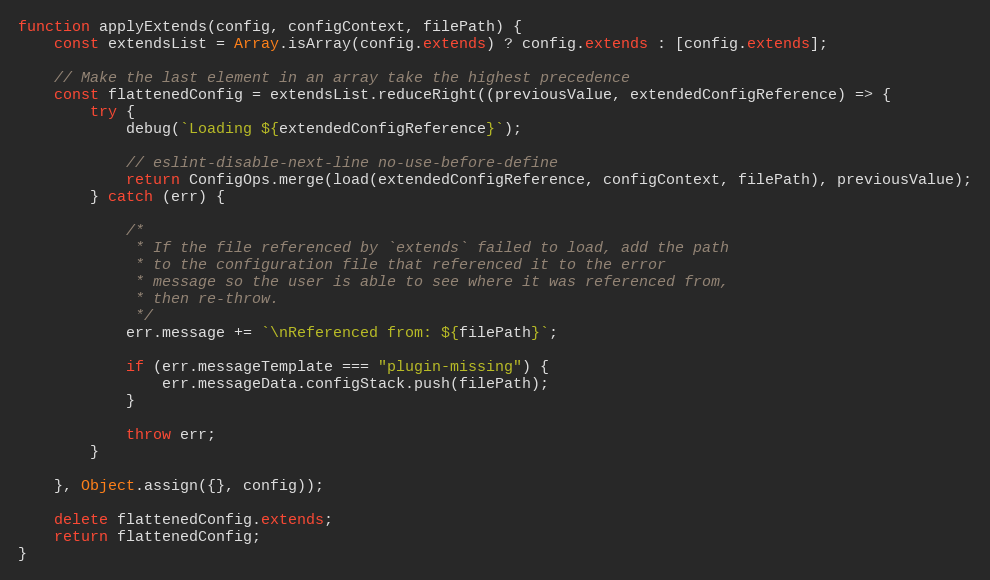
Language: JavaScript
function applyExtends(config, configContext, filePath) {
    const extendsList = Array.isArray(config.extends) ? config.extends : [config.extends];

    // Make the last element in an array take the highest precedence
    const flattenedConfig = extendsList.reduceRight((previousValue, extendedConfigReference) => {
        try {
            debug(`Loading ${extendedConfigReference}`);

            // eslint-disable-next-line no-use-before-define
            return ConfigOps.merge(load(extendedConfigReference, configContext, filePath), previousValue);
        } catch (err) {

            /*
             * If the file referenced by `extends` failed to load, add the path
             * to the configuration file that referenced it to the error
             * message so the user is able to see where it was referenced from,
             * then re-throw.
             */
            err.message += `\nReferenced from: ${filePath}`;

            if (err.messageTemplate === "plugin-missing") {
                err.messageData.configStack.push(filePath);
            }

            throw err;
        }

    }, Object.assign({}, config));

    delete flattenedConfig.extends;
    return flattenedConfig;
}